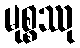
မုစ္စဿု